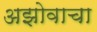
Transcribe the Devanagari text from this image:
अझोवाचा